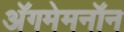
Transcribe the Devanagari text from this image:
अॅगमेमनॉन